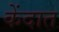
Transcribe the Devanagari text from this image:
केंदात